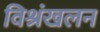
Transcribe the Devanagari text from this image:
विश्रंखलन